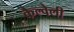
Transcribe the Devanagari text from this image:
कैल्वेली